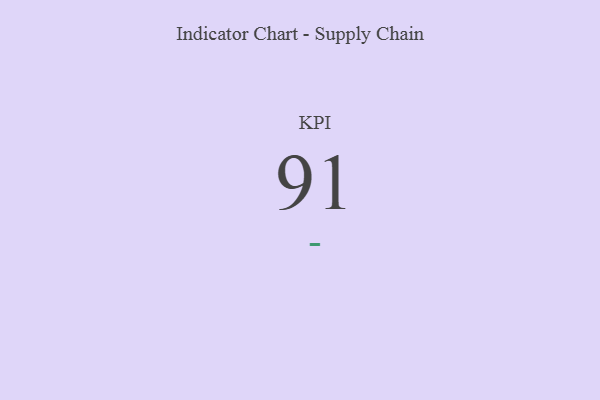
{"axis": {"x": "KPI", "y": "Value"}, "legend": [""], "data": [{"x": "KPI", "y": 91, "type": ""}]}